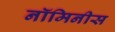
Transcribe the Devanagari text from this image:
नॉमिनीस